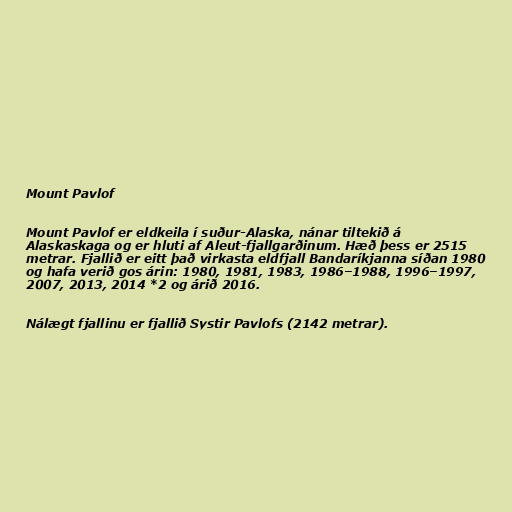
Mount Pavlof

Mount Pavlof er eldkeila í suður-Alaska, nánar tiltekið á
Alaskaskaga og er hluti af Aleut-fjallgarðinum. Hæð þess er 2515
metrar. Fjallið er eitt það virkasta eldfjall Bandaríkjanna síðan 1980
og hafa verið gos árin: 1980, 1981, 1983, 1986–1988, 1996–1997,
2007, 2013, 2014 *2 og árið 2016.

Nálægt fjallinu er fjallið Systir Pavlofs (2142 metrar).